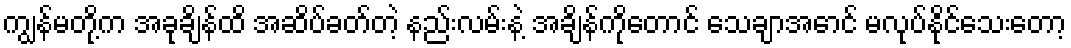
ကျွန်မတို့က အခုချိန်ထိ အဆိပ်ခတ်တဲ့ နည်းလမ်းနဲ့ အချိန်ကိုတောင် သေချာအောင် မလုပ်နိုင်သေးတော့